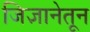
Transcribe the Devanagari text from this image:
जिज्ञानेतून